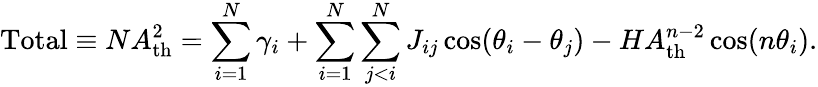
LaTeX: \mathrm{Total}\equiv NA_{\mathrm{th}}^{2}=\sum_{i=1}^{N}\gamma_{i}+\sum_{i=1}^{N}\sum_{j<i}^{N}J_{ij}\cos(\theta_{i}-\theta_{j})-HA_{\mathrm{th}}^{n-2}\cos(n\theta_{i}).